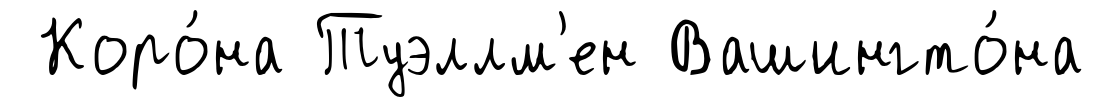
Коро́на Туэллм'ен Вашингто́на